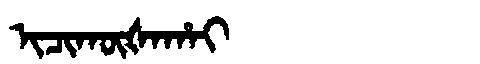
Manchu: ᡳᠴᡳᡴᡡᡧᠠᡥᠠᡳ
Romanization: ICIKŪŠAHAI